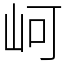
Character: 㞹